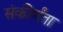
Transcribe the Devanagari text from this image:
संकीर्णंता